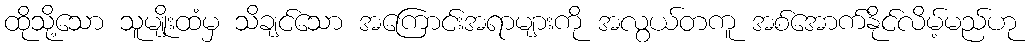
ထိုသို့သော သူမျိုးထံမှ သိချင်သော အကြောင်းအရာများကို အလွယ်တကူ အစ်အောက်နိုင်လိမ့်မည်ဟု